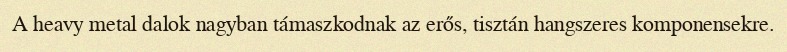
A heavy metal dalok nagyban támaszkodnak az erős, tisztán hangszeres komponensekre.